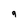
Character: 9